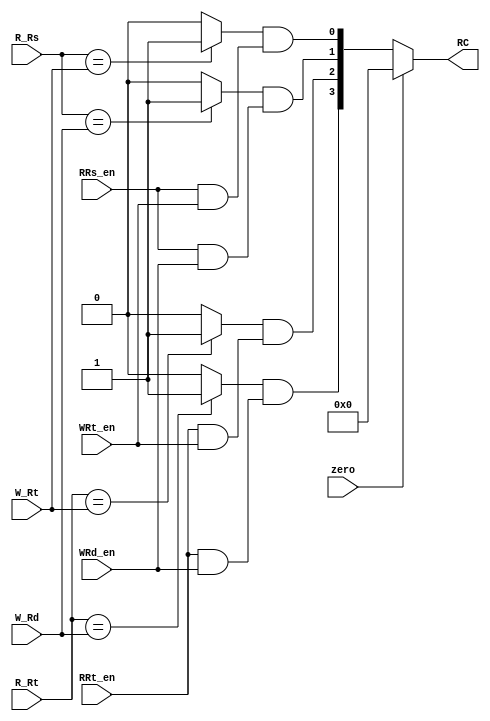
`timescale 1ns / 1ps
//////////////////////////////////////////////////////////////////////////////////
// Company: 
// Engineer: 
// 
// Design Name: 
// Module Name: RelativeCompare
// Project Name: 
// Target Devices: 
// Tool Versions: 
// Description: 
// 
// Dependencies: 
// 
// Revision:
// Revision 0.01 - File Created
// Additional Comments:
// 
//////////////////////////////////////////////////////////////////////////////////


module RelativeCompare(
    input [4:0] R_Rs,
    input [4:0] R_Rt,
    input [4:0] W_Rt,
    input [4:0] W_Rd,
    input zero,
    input RRs_en,
    input RRt_en,
    input WRt_en,
    input WRd_en,
    output [3:0] RC
    );
    wire [3:0] rc,comp;
    assign #1 comp[0] = (R_Rs == W_Rt)?1'b1:1'b0;
    assign #1 comp[1] = (R_Rs == W_Rd)?1'b1:1'b0;
    assign #1 comp[2] = (R_Rt == W_Rt)?1'b1:1'b0;
    assign #1 comp[3] = (R_Rt == W_Rd)?1'b1:1'b0;
    assign #1 rc[0] = comp[0]&(RRs_en&WRt_en);
    assign #1 rc[1] = comp[1]&(RRs_en&WRd_en);
    assign #1 rc[2] = comp[2]&(RRt_en&WRt_en);
    assign #1 rc[3] = comp[3]&(RRt_en&WRd_en);
    assign #1 RC = zero?4'b0000:rc;
endmodule